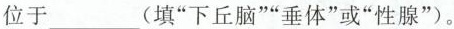
位于___(填”下丘脑””垂体”或”性腺”)。